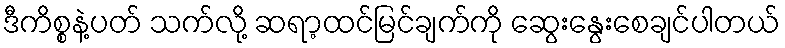
ဒီကိစ္စနဲ့ပတ် သက်လို့ ဆရာ့ထင်မြင်ချက်ကို ဆွေးနွေးစေချင်ပါတယ်